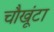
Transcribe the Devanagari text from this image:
चौखूंटा